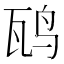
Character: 𬸁